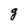
Character: g